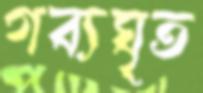
গব্যঘৃত